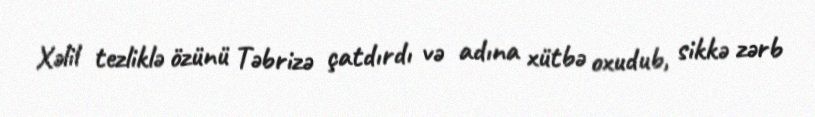
Xəlil tezliklə özünü Təbrizə çatdırdı və adına xütbə oxudub, sikkə zərb